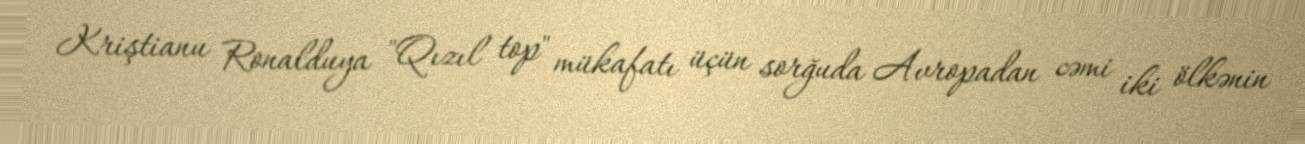
Kriştianu Ronalduya "Qızıl top" mükafatı üçün sorğuda Avropadan cəmi iki ölkənin